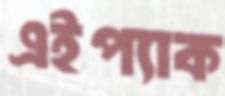
এইপ্যাক